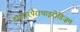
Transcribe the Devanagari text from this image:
हाइपरपैराथाइरोडिज़म